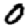
Digit: 0